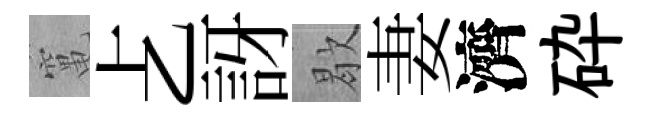
𥧄𠧒訝歇妻濟砕